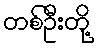
တစ်ဦးတို့